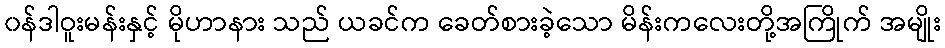
၀န်ဒါဝူးမန်းနှင့် မိုဟာနား သည် ယခင်က ခေတ်စားခဲ့သော မိန်းကလေးတို့အကြိုက် အမျိုး